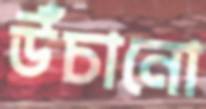
উঁচানো